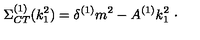
\Sigma _ { C T } ^ { ( 1 ) } ( k _ { 1 } ^ { 2 } ) = \delta ^ { ( 1 ) } m ^ { 2 } - A ^ { ( 1 ) } k _ { 1 } ^ { 2 } \ \cdot